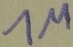
Text: 1M